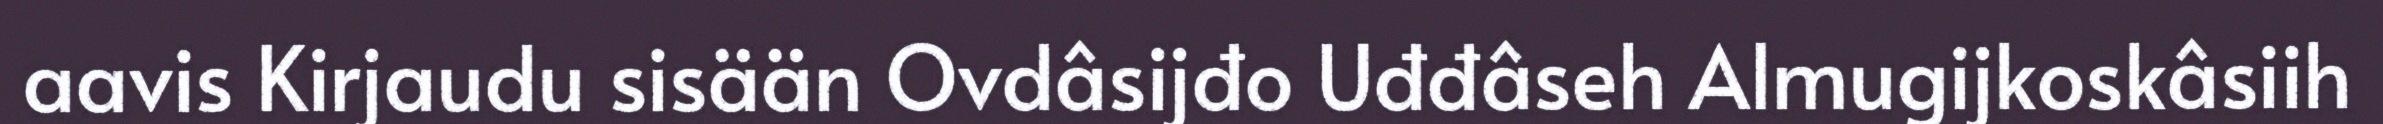
aavis Kirjaudu sisään Ovdâsijđo Uđđâseh Almugijkoskâsiih